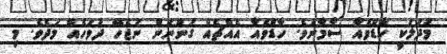
މުދަލަކީ ހާޑްވެއާ ސާމާނެވެ. ހާޑްވެއާ އެއްޗެއް ގަންނަން ނުޖެހޭ ދުވަހެއް މަދެވެ. މި